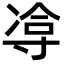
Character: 𪧹